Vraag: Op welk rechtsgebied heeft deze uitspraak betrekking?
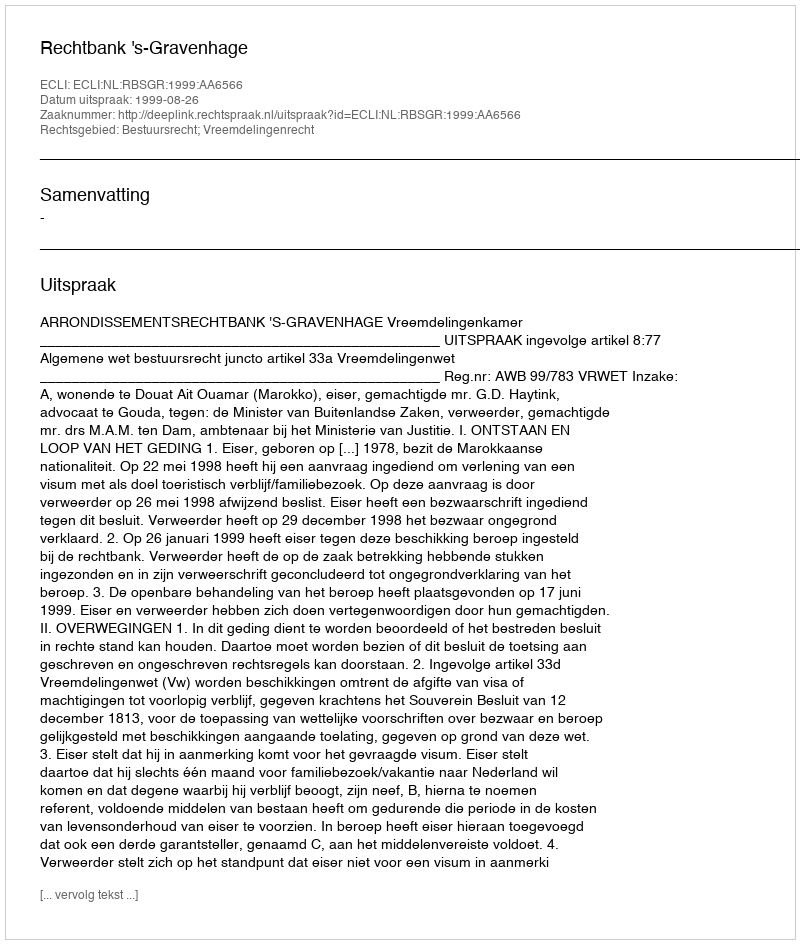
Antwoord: Bestuursrecht; Vreemdelingenrecht